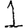
Digit: 1